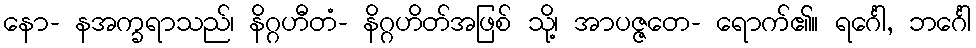
နော- နအက္ခရာသည်၊ နိဂ္ဂဟီတံ- နိဂ္ဂဟိတ်အဖြစ် သို့၊ အာပဇ္ဇတေ- ရောက်၏။ ရင်္ဂေါ, ဘင်္ဂေါ